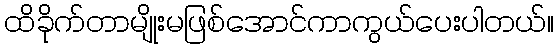
ထိခိုက်တာမျိုးမဖြစ်အောင်ကာကွယ်ပေးပါတယ်။